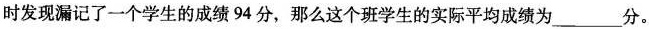
时发现漏记了一个学生的成绩94分，那么这个班学生的实际平均成绩为___分。